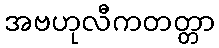
အဗဟုလီကတတ္တာ